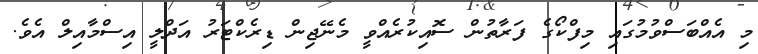
މި އެއްބަސްވުމުގައި މިފްކޯގެ ފަރާތުން ސޮއިކުރެއްވީ މެނޭޖިން ޑިރެކްޓަރު އަދްލީ އިސްމާއިލް އެވެ.